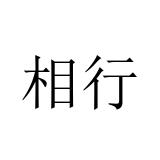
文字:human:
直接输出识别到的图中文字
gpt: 相行